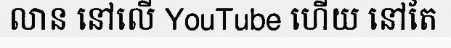
លាន នៅលើ YouTube ហើយ នៅតែ